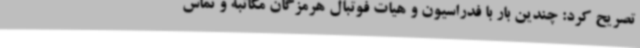
تصریح کرد: چندین بار با فدراسیون و هیات فوتبال هرمزگان مکاتبه و تماس